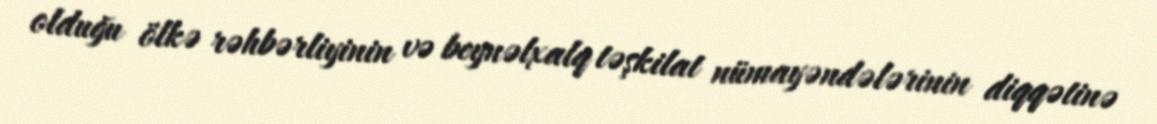
olduğu ölkə rəhbərliyinin və beynəlxalq təşkilat nümayəndələrinin diqqətinə